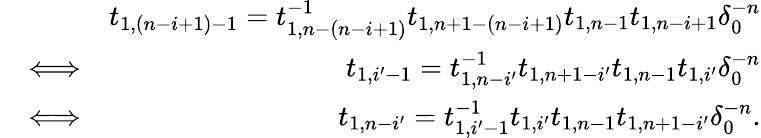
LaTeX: \begin{array}{rlr}&{}&{t_{1,(n-i+1)-1}=t_{1,n-(n-i+1)}^{-1}t_{1,n+1-(n-i+1)}t_{1,n-1}t_{1,n-i+1}\delta_{0}^{-n}}\\ &{\Longleftrightarrow}&{t_{1,i^{\prime}-1}=t_{1,n-i^{\prime}}^{-1}t_{1,n+1-i^{\prime}}t_{1,n-1}t_{1,i^{\prime}}\delta_{0}^{-n}}\\ &{\Longleftrightarrow}&{t_{1,n-i^{\prime}}=t_{1,i^{\prime}-1}^{-1}t_{1,i^{\prime}}t_{1,n-1}t_{1,n+1-i^{\prime}}\delta_{0}^{-n}.}\end{array}